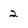
Character: 2